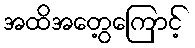
အထိအတွေ့ကြောင့်